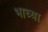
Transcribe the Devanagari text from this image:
भाच्या